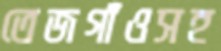
তেজগাঁওসহ